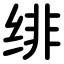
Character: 绯